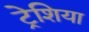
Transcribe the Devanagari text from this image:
ट्रेशिया